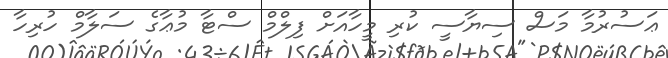
ޢަސުރުމާ މަސް ސިޔާސީ ކުރި މީހާއަށް ފިލްމް ސްޓާ މުޢާގެ ސަލާމް ހުރިހާ